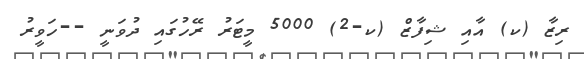
ރިޒާ (ކ) އާއި ޝިފާޒް (ކ-2) 5000 މީޓަރު ރޭހުގައި ދުވަނީ --ހަވީރު